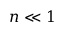
n \ll 1